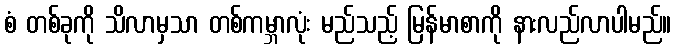
စံ တစ်ခုကို သိလာမှသာ တစ်ကမ္ဘာလုံး မည်သည့် မြန်မာစာကို နားလည်လာပါမည်။